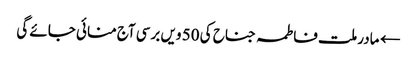
← مادر ملت فاطمہ جناح کی 50 ویں برسی آج منائی جائے گی